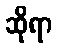
ဆိုရာ